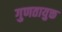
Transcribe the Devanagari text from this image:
गुणतायुक्त